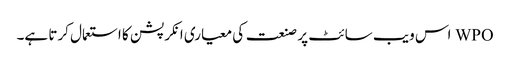
WPO اس ویب سائٹ پر صنعت کی معیاری انکرپشن کا استعمال کرتا ہے۔